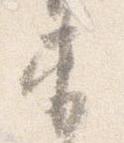
束